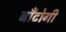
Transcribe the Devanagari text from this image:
बाँटोगी